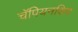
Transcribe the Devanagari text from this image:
चॅंपियनशिप